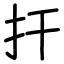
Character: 扞